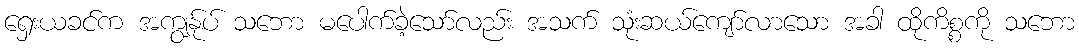
ရှေးယခင်က အကျွန်ုပ် သဘော မပေါက်ခဲ့သော်လည်း အသက် သုံးဆယ်ကျော်လာသော အခါ ထိုကိစ္စကို သဘော